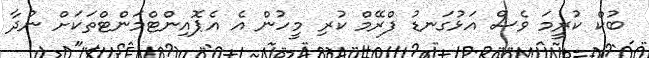
ބުކް ކުރީމަ ވެސް އަޅުގަނޑު ފްރޭމް ކުރި މީހުން އެ އެޕޮއިންޓްމަންޓްތަކަށް ނުދާ